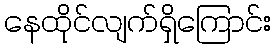
နေထိုင်လျက်ရှိကြောင်း